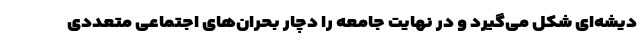
دیشه‌ای شکل می‌گیرد و در نهایت جامعه را دچار بحران‌های اجتماعی متعددی